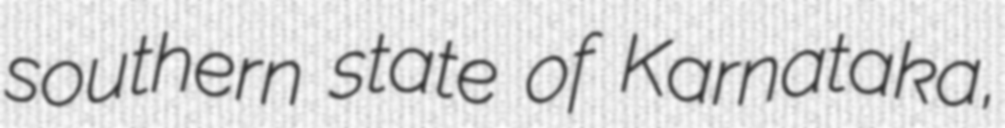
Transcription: southern state of Karnataka,